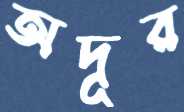
অদূর